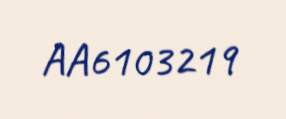
AA6103219